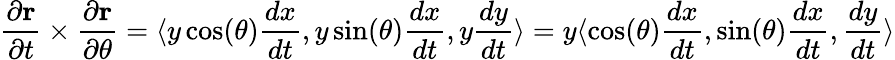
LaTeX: {\frac{\partial\mathbf{r}}{\partial t}}\times{\frac{\partial\mathbf{r}}{\partial\theta}}=\langle y\cos(\theta){\frac{dx}{dt}},y\sin(\theta){\frac{dx}{dt}},y{\frac{dy}{dt}}\rangle=y\langle\cos(\theta){\frac{dx}{dt}},\sin(\theta){\frac{dx}{dt}},{\frac{dy}{dt}}\rangle